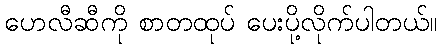
ဟေလီဆီကို စာတထုပ် ပေးပို့လိုက်ပါတယ်။